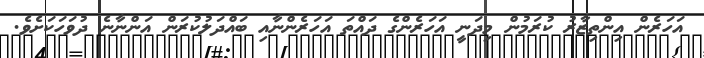
އަހަރެން އިންތިޒާރު ކުރަމުން މިދަނީ އަހަރެންގެ ދައްތަ އަހަރެންނާއި ބައްދަލުކުރަން އަންނާނެ ދުވަހަކަށެވެ.